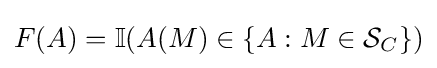
F(A)=\mathbb {I} (A(M)\in \{A:M\in {\mathcal {S}}_{C}\})